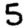
Digit: 5